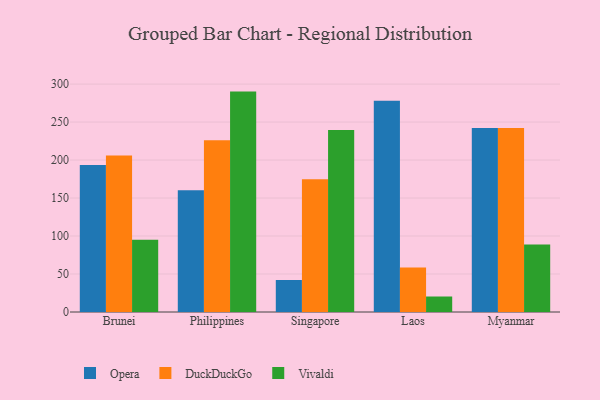
{"axis": {"x": "Country", "y": "Satisfaction Score"}, "legend": ["DuckDuckGo", "Opera", "Vivaldi"], "data": [{"x": "Brunei", "y": 193.4, "type": "Opera"}, {"x": "Brunei", "y": 206.1, "type": "DuckDuckGo"}, {"x": "Brunei", "y": 95.1, "type": "Vivaldi"}, {"x": "Philippines", "y": 160.3, "type": "Opera"}, {"x": "Philippines", "y": 226.0, "type": "DuckDuckGo"}, {"x": "Philippines", "y": 290.1, "type": "Vivaldi"}, {"x": "Singapore", "y": 42.1, "type": "Opera"}, {"x": "Singapore", "y": 174.7, "type": "DuckDuckGo"}, {"x": "Singapore", "y": 239.4, "type": "Vivaldi"}, {"x": "Laos", "y": 278.1, "type": "Opera"}, {"x": "Laos", "y": 58.5, "type": "DuckDuckGo"}, {"x": "Laos", "y": 20.4, "type": "Vivaldi"}, {"x": "Myanmar", "y": 242.1, "type": "Opera"}, {"x": "Myanmar", "y": 242.1, "type": "DuckDuckGo"}, {"x": "Myanmar", "y": 89.0, "type": "Vivaldi"}]}